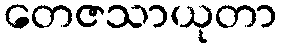
တေဇသာယုတာ